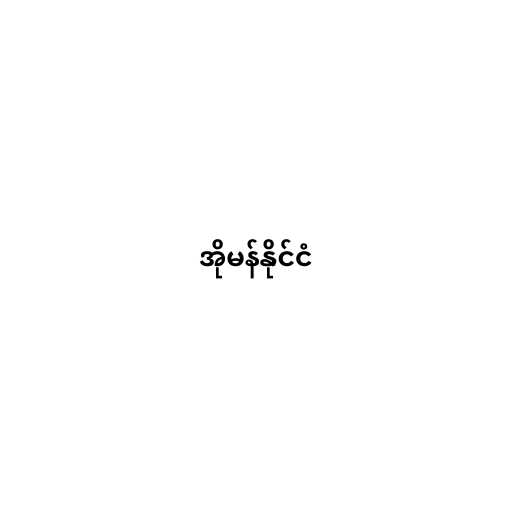
အိုမန်နိုင်ငံ